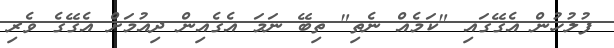
ފުލުހުން އެގޭގައި "ކަމެއް ނެތި" ތިބޭ ނަމަ އެގެއިން ދިއުމަށް އެގޭގެ ވެރި